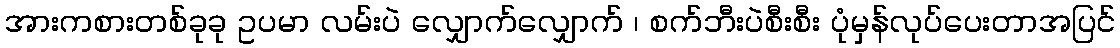
အားကစားတစ်ခုခု ဥပမာ လမ်းပဲ လျှောက်လျှောက် ၊ စက်ဘီးပဲစီးစီး ပုံမှန်လုပ်ပေးတာအပြင်